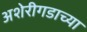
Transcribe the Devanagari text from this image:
अशेरीगडाच्या